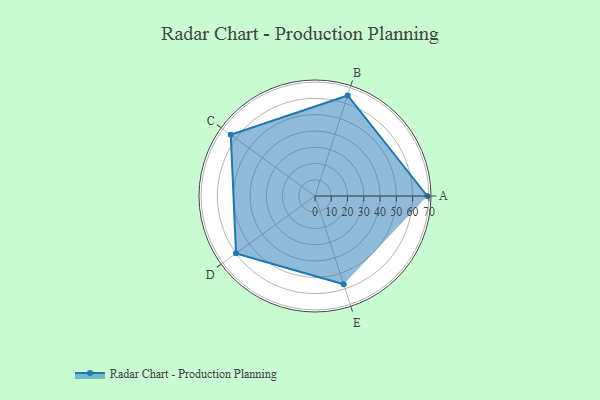
{"axis": {"x": "Skill", "y": "Score"}, "legend": ["Profile"], "data": [{"x": "A", "y": 69.0, "type": "Profile"}, {"x": "B", "y": 65.0, "type": "Profile"}, {"x": "C", "y": 64.0, "type": "Profile"}, {"x": "D", "y": 60.0, "type": "Profile"}, {"x": "E", "y": 57.0, "type": "Profile"}]}